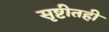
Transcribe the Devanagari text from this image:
सृष्टीतही